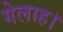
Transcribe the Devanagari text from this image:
गेलाह।